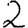
Digit: 2